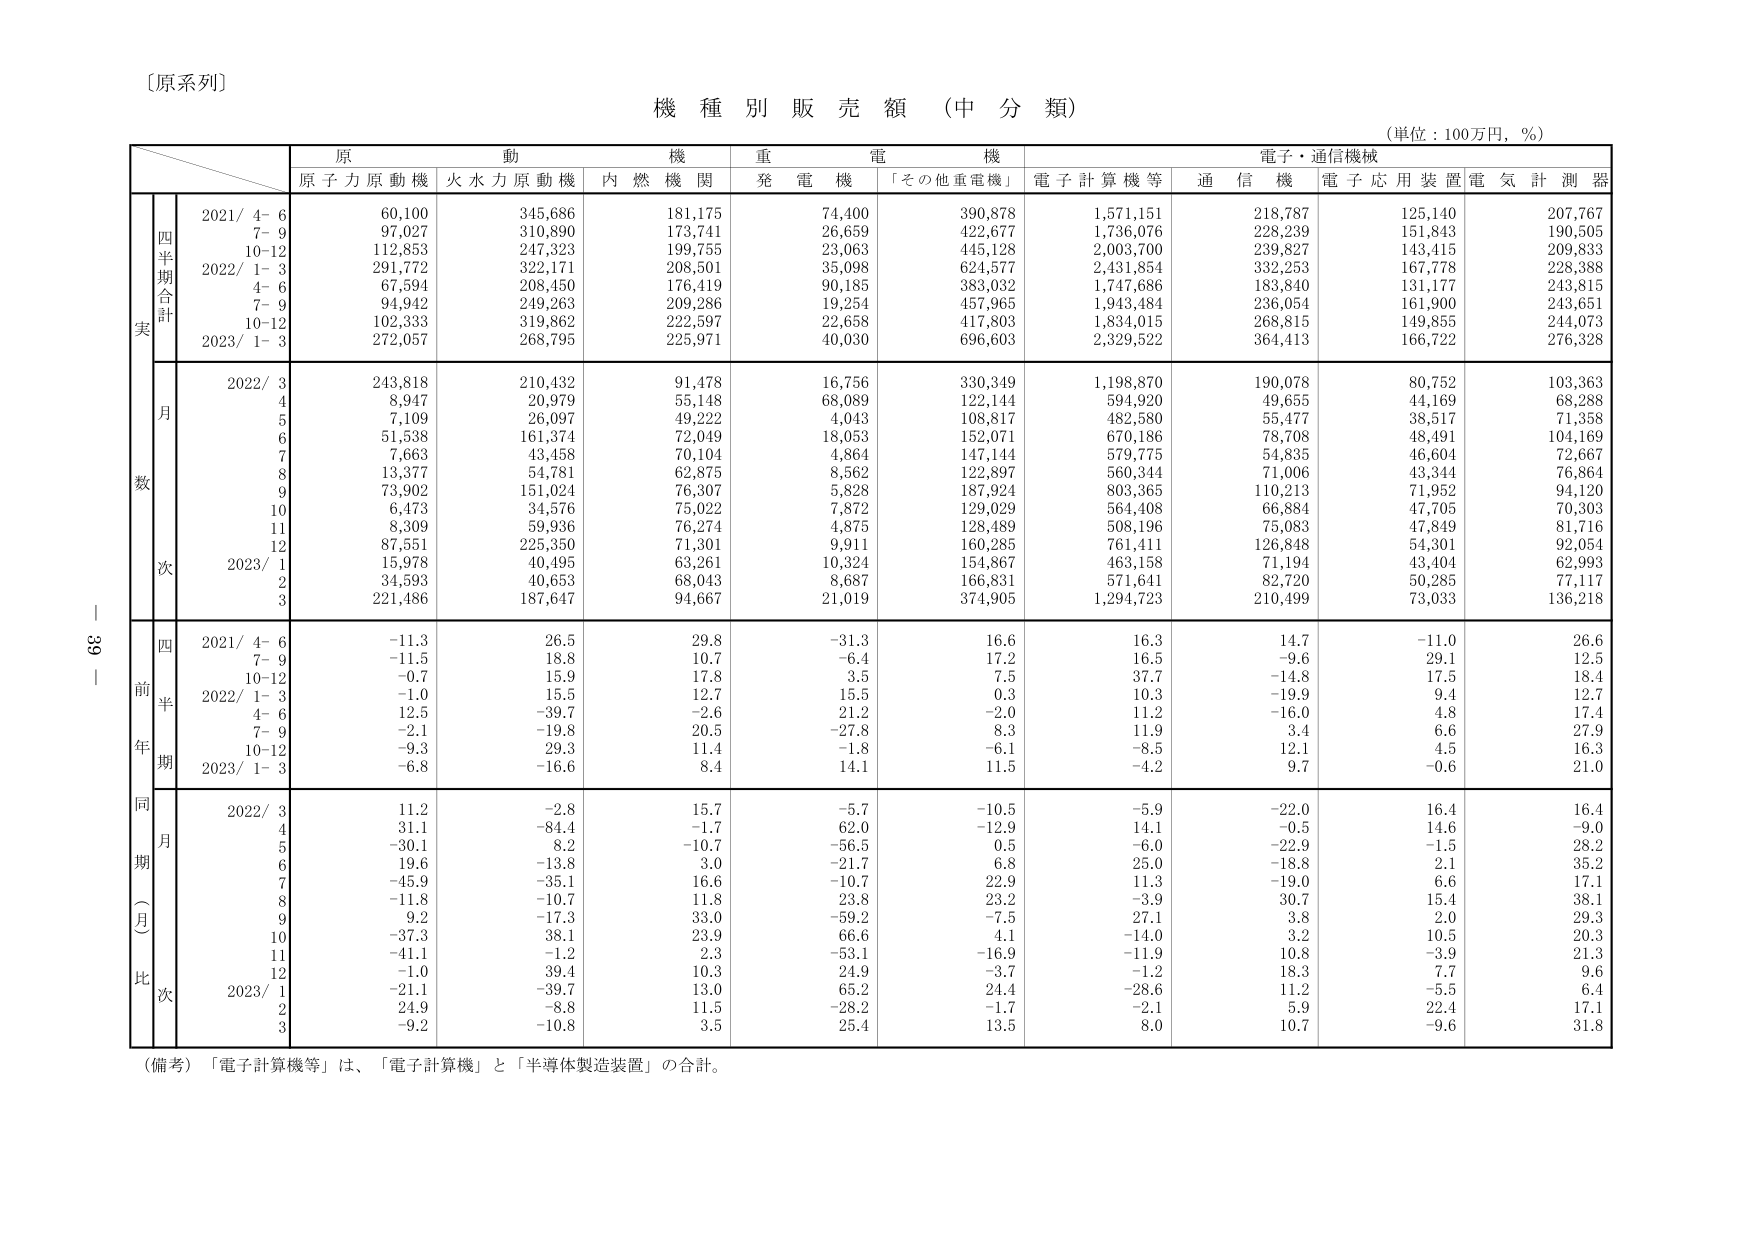
〔原系列〕

機 種 別 販 売 額 （中 分 類）

（単位：100万円，％）

原 動 機 重 電 機 電子・通信機械
原子力原動機 火水力原動機 内燃機関 発電機 「その他重電機」 電子計算機等 通信機 電子応用装置 電気計測器

四半期合計
実
2021/ 4- 6 60,100 345,686 181,175 74,400 390,878 1,571,151 218,787 125,140 207,767
7- 9 97,027 310,890 173,741 26,659 422,677 1,736,076 228,239 151,843 190,505
10-12 112,853 247,323 199,755 23,063 445,128 2,003,700 239,827 143,415 209,833
2022/ 1- 3 291,772 322,171 208,501 35,098 624,577 2,431,854 332,253 167,778 228,388
4- 6 67,594 208,450 176,419 90,185 383,032 1,747,686 183,840 131,177 243,815
7- 9 94,942 249,263 209,286 19,254 457,965 1,943,484 236,054 161,900 243,651
10-12 102,333 319,862 222,597 22,658 417,803 1,834,015 268,815 149,855 244,073
2023/ 1- 3 272,057 268,795 225,971 40,030 696,603 2,329,522 364,413 166,722 276,328

月
数
2022/ 3 243,818 210,432 91,478 16,756 330,349 1,198,870 190,078 80,752 103,363
4 8,947 20,979 55,148 68,089 122,144 594,920 49,655 44,169 68,288
5 7,109 26,097 49,222 4,043 108,817 482,580 55,477 38,517 71,358
6 51,538 161,374 72,049 18,053 152,071 670,186 78,708 48,491 104,169
7 7,663 43,458 70,104 4,864 147,144 579,775 54,835 46,604 72,667
8 13,377 54,781 62,875 8,562 122,897 560,344 71,006 43,344 76,864
9 73,902 151,024 76,307 5,828 187,924 803,365 110,213 71,952 94,120
10 6,473 34,576 75,022 7,872 129,029 564,408 66,884 47,705 70,303
11 8,309 59,936 76,274 4,875 128,489 508,196 75,083 47,849 81,716
12 87,551 225,350 71,301 9,911 160,285 761,411 126,848 54,301 92,054
2023/ 1 15,978 40,495 63,261 10,324 154,867 463,158 71,194 43,404 62,993
2 34,593 40,653 68,043 8,687 166,831 571,641 82,720 50,285 77,117
3 221,486 187,647 94,667 21,019 374,905 1,294,723 210,499 73,033 136,218

四
前
半
年
期
2021/ 4- 6 -11.3 26.5 29.8 -31.3 16.6 16.3 14.7 -11.0 26.6
7- 9 -11.5 18.8 10.7 -6.4 17.2 16.5 -9.6 29.1 12.5
10-12 -0.7 15.9 17.8 3.5 7.5 37.7 -14.8 17.5 18.4
2022/ 1- 3 -1.0 15.5 12.7 15.5 0.3 10.3 -19.9 9.4 12.7
4- 6 12.5 -39.7 -2.6 21.2 -2.0 11.2 -16.0 4.8 17.4
7- 9 -2.1 -19.8 20.5 -27.8 8.3 11.9 3.4 6.6 27.9
10-12 -9.3 29.3 11.4 -1.8 -6.1 -8.5 12.1 4.5 16.3
2023/ 1- 3 -6.8 -16.6 8.4 14.1 11.5 -4.2 9.7 -0.6 21.0

同
期
（月
比
次
2022/ 3 11.2 -2.8 15.7 -5.7 -10.5 -5.9 -22.0 16.4 16.4
4 31.1 -84.4 -1.7 62.0 -12.9 14.1 -0.5 14.6 -9.0
5 -30.1 8.2 -10.7 -56.5 0.5 -6.0 -22.9 -1.5 28.2
6 19.6 -13.8 3.0 -21.7 6.8 25.0 -18.8 2.1 35.2
7 -45.9 -35.1 16.6 -10.7 22.9 11.3 -19.0 6.6 17.1
8 -11.8 -10.7 11.8 23.8 23.2 -3.9 30.7 15.4 38.1
9 9.2 -17.3 33.0 -59.2 -7.5 27.1 3.8 2.0 29.3
10 -37.3 38.1 23.9 66.6 4.1 -14.0 3.2 10.5 20.3
11 -41.1 -1.2 2.3 -53.1 -16.9 -11.9 10.8 -3.9 21.3
12 -1.0 39.4 10.3 24.9 -3.7 -1.2 18.3 7.7 9.6
2023/ 1 -21.1 -39.7 13.0 65.2 24.4 -28.6 11.2 -5.5 6.4
2 24.9 -8.8 11.5 -28.2 -1.7 -2.1 5.9 22.4 17.1
3 -9.2 -10.8 3.5 25.4 13.5 8.0 10.7 -9.6 31.8

（備考）「電子計算機等」は、「電子計算機」と「半導体製造装置」の合計。